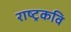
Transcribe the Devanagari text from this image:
राष्‍ट्रकवि